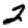
Digit: 2